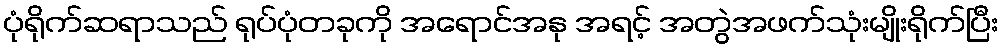
ပုံရိုက်ဆရာသည် ရုပ်ပုံတခုကို အရောင်အနု အရင့် အတွဲအဖက်သုံးမျိုးရိုက်ပြီး